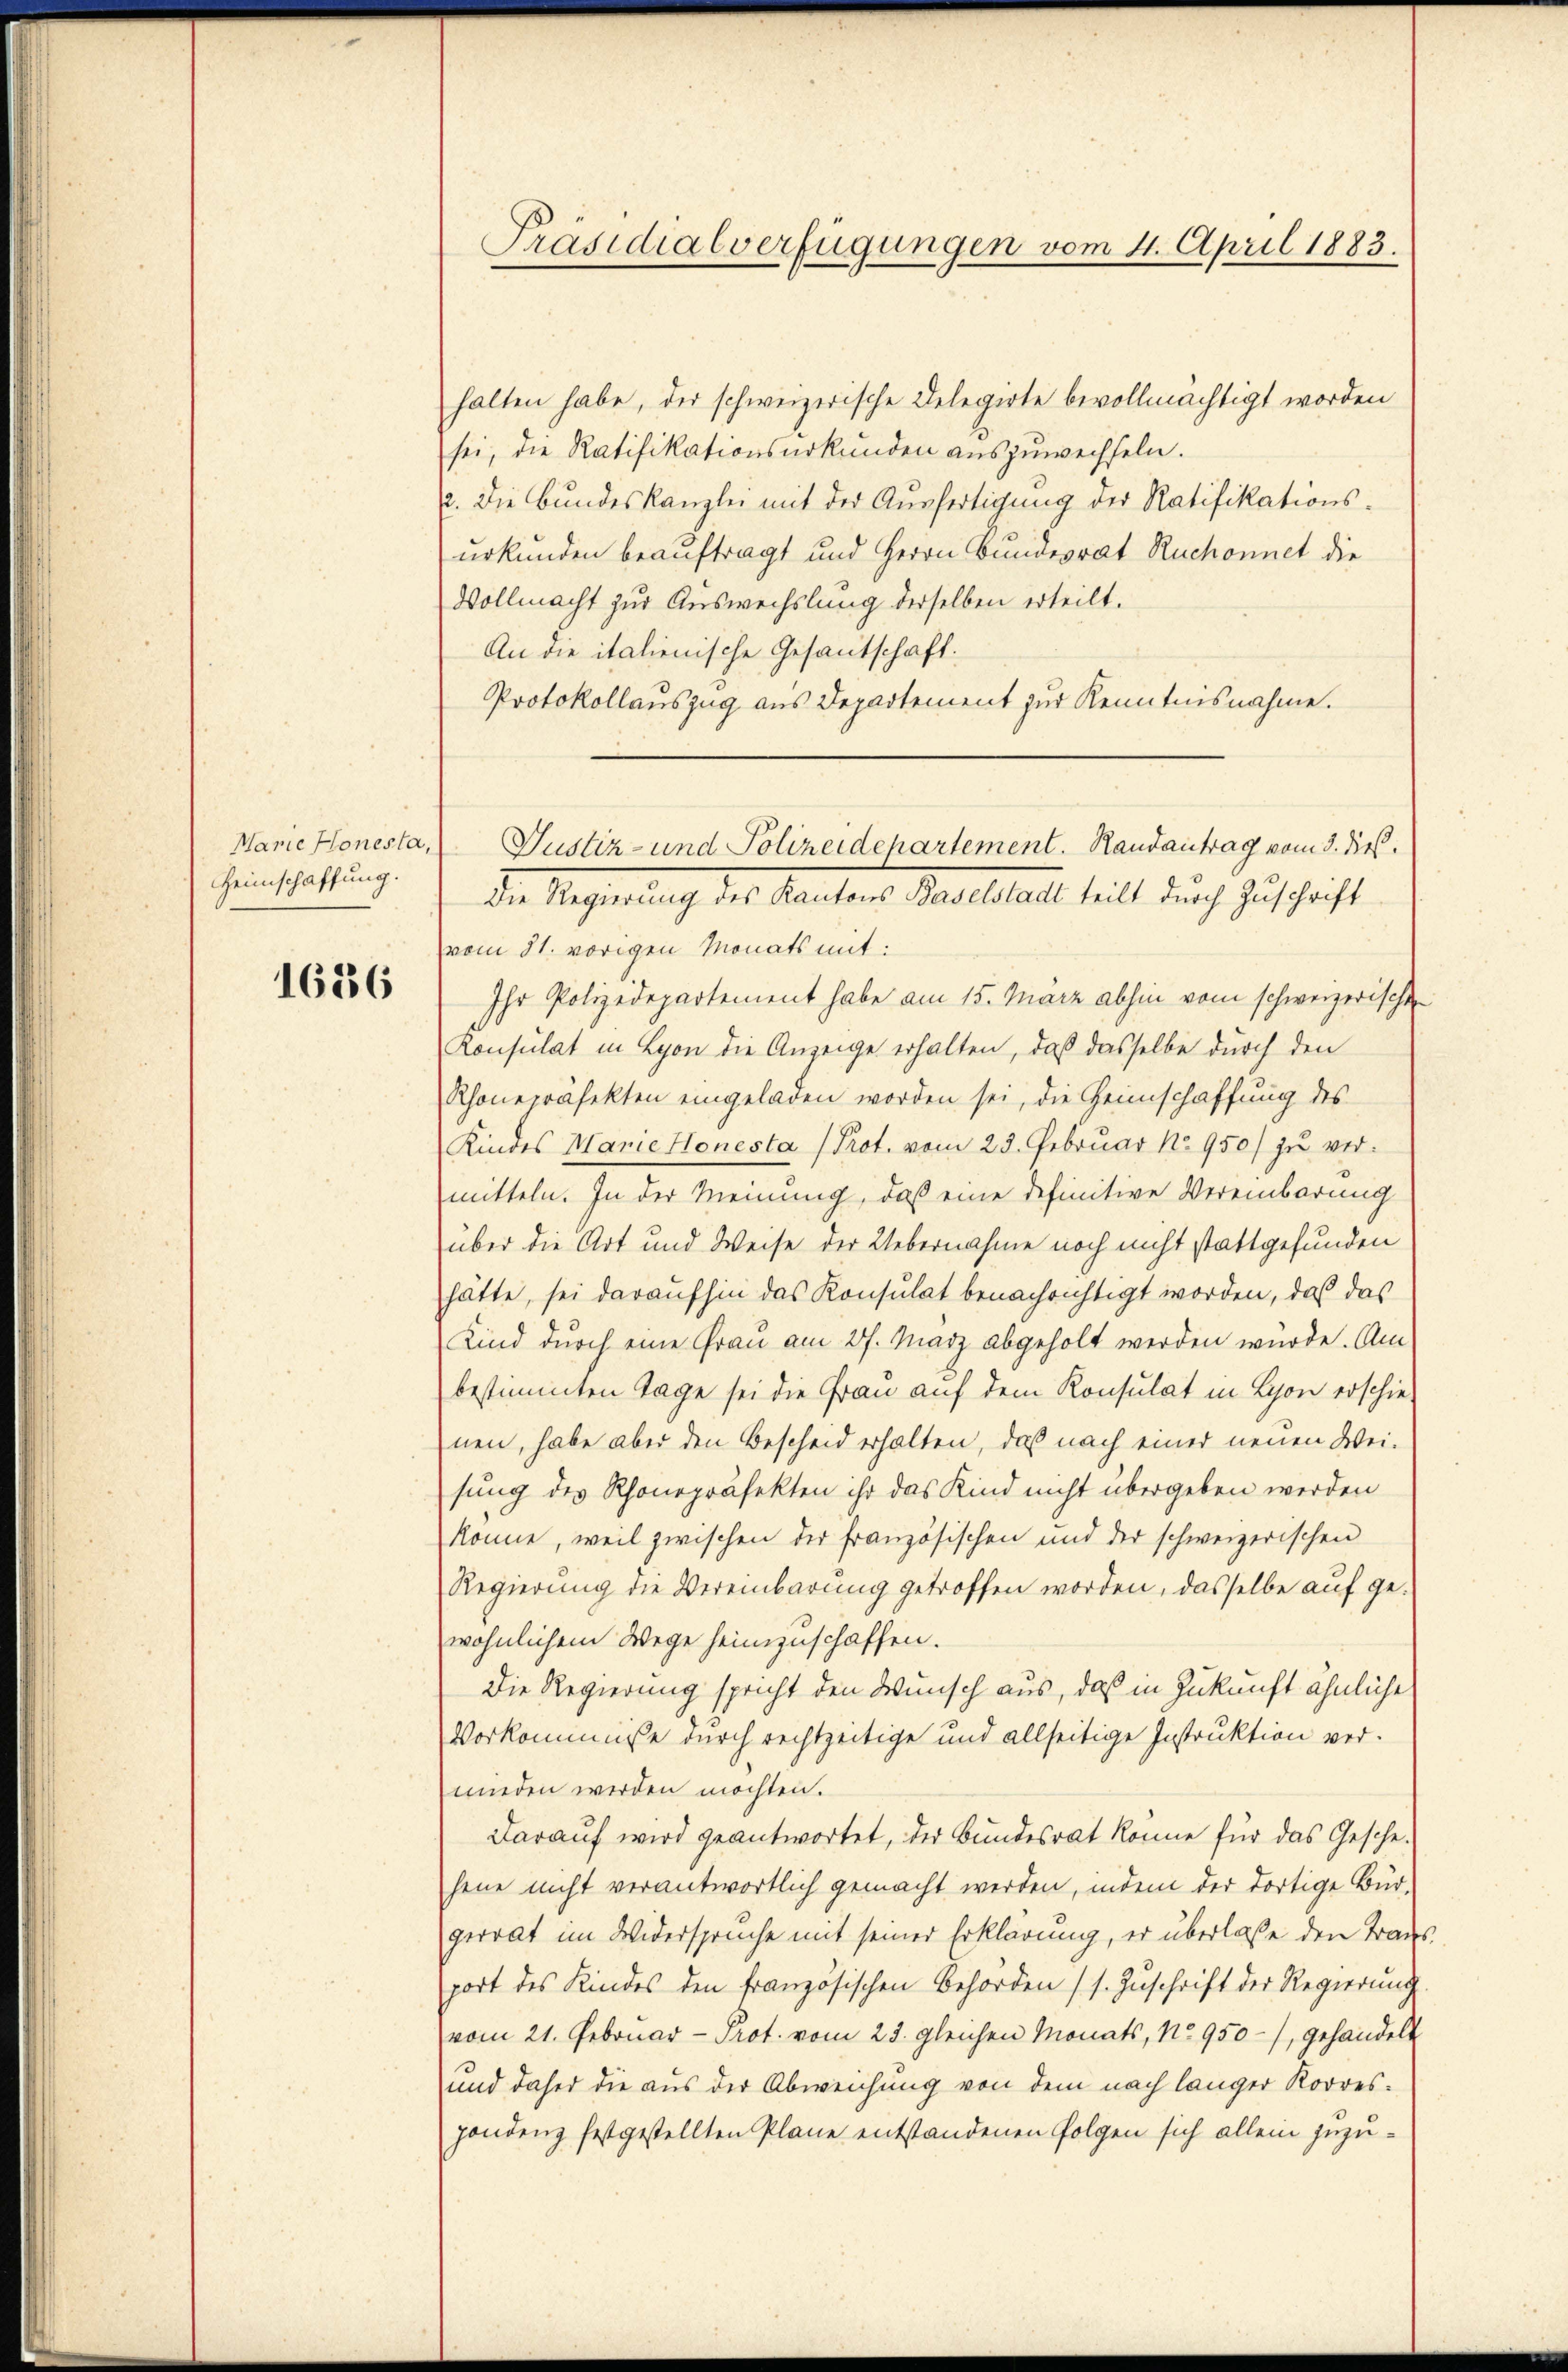
Marie Honesta,
Heimschaffung.

1636

halten habe, der schweizerische Delegirte bevollmächtigt worden
sei, die Ratifikationsurkunden auszuwechseln.
2. Die Bundeskanzlei mit der Ausfertigung der Ratifikationsurkunden beauftragt und Herrn Bundesrat Ruchonnet die
Vollmacht zur Auswechslung derselben erteilt.
An die italienische Gesantschaft:
Protokollauszug aus Departement zur Kenntnisnahme.
vom 31. vorigen Monats mit:
Ihr Polizeidepartement habe am 15. März abhin vom schweizerischen
Konsulat in Lyon die Anzeige erhalten, daß dasselbe durch den
Rhoneprojekten eingeladen worden sei, die Heimschaffung des
Kindes Marie Honesta (Prot. vom 23. Februar No 950) zu vermitteln. In der Meinung, daß eine definitive Vereinbarung
über die Art und Weise der Uebernahme noch nicht stattgefunden
hätte, sei daraufhin das Konsulat benachrichtigt worden, daß das
Kind durch eine Frau am 27. März abgeholt werden wurde. Am
bestimmten Tage sei die Frau auf dem Konsulat in Lyon erschie-
nen, habe aber den Bescheid erhalten, daß nach einer neuen Weisung des Rhonepräfekten ihr das Kind nicht übergeben werden
könne, weil zwischen der französischen und der schweizerischen
Regierung die Vereinbarung getroffen worden, dasselbe auf ge-
wöhnlichem Wege heimzuschaffen.
Die Regierung spricht den Wunsch aus, daß in Zukunft ähnliche
Vorkommnisse durch rechtzeitige und allseitige Instruktion ver-
wieden werden möchten.
darauf wird geantwortet, der Bundesrat könne für das Gesche-
jene nicht verantwortlich gemacht werden, indem der dortige Bürgerrat im Widerspruche mit seiner Erklärung, er überlasse den Transport des Kindes den französischen Behörden (s. Zŭschrift der Regierung
vom 21. Gebruar - Prot. vom 23. gleichen Monats, No 950-/, gehandelt
und daher die aus der Abweichung von dem nach länger Korres-
handenz festgestellten Pläne entstandenen Folgen sich allein zuzu¬

Präsidialverfügungen vom 4. April 1883.

Justiz- und Polizeidepartement.   Randantrag vom 3. dieß.
Die Regierung des Kantons Baselstadt teilt durch Zuschrift